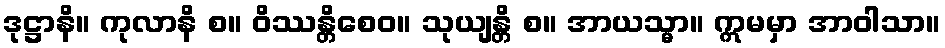
ဒုဋ္ဌာနိ။ ကုလာနိ စ။ ဝိဿန္တိစေဝ။ သုယျန္တိ စ။ အာယသ္မာ။ ဣမမှာ အာဝါသာ။